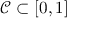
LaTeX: { \mathcal { C } } \subset [ 0 , 1 ]